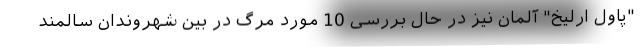
"پاول ارلیخ" آلمان نیز در حال بررسی 10 مورد مرگ در بین شهروندان سالمند